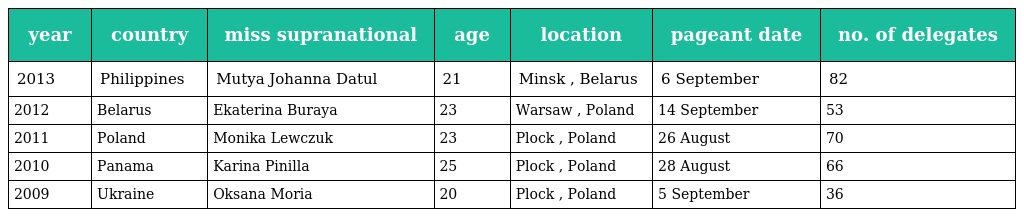
| year | country | miss supranational | age | location | pageant date | no. of delegates |
 | --- | --- | --- | --- | --- | --- | --- |
 | 2013 | Philippines | Mutya Johanna Datul | 21 | Minsk , Belarus | 6 September | 82 |
 | 2012 | Belarus | Ekaterina Buraya | 23 | Warsaw , Poland | 14 September | 53 |
 | 2011 | Poland | Monika Lewczuk | 23 | Plock , Poland | 26 August | 70 |
 | 2010 | Panama | Karina Pinilla | 25 | Plock , Poland | 28 August | 66 |
 | 2009 | Ukraine | Oksana Moria | 20 | Plock , Poland | 5 September | 36 |